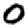
Digit: 0